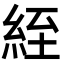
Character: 絰